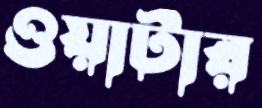
ওয়াটার